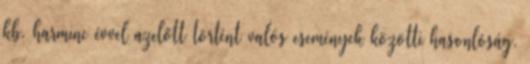
kb. harminc évvel azelőtt történt valós események közötti hasonlóság.